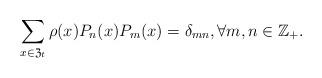
LaTeX: \begin{align*} \sum_{x\in\mathfrak{Z}_{t}}\rho(x)P_{n}(x)P_{m}(x)=\delta_{mn}, \forall m,n\in\mathbb{Z}_{+}. \end{align*}